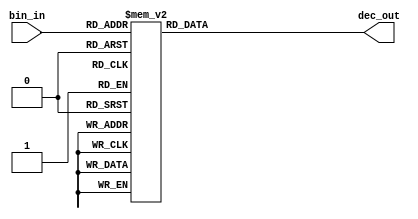
// bindec3.v
//
// Version:  1.22  May 3, 2020
// Copyright (C) 2020.  All rights reserved.
//
////////////////////////////////////////////////////////////////////////////////////////////////////////////////////////
//                                                                                                                    //
//                                                 SYMPL Open-Source                                                  //
//                          HedgeHog Fused Spiking Neural Network Emulator/Compute Engine                             //
//                                    Evaluation and Product Development License                                      //
//                                                                                                                    //
//                                                                                                                    //
// Open-source means:  this source code and this instruction set ("this IP") may be freely downloaded, copied,        //
// modified, distributed and used in accordance with the terms and conditons of the licenses provided herein.         //
//                                                                                                                    //
// Provided that you comply with all the terms and conditions set forth herein, Jerry D. Harthcock ("licensor"),      //
// the original author and exclusive copyright owner of this HedgeHog Fused Spiking Neural Network Emulator/Compute   //
// Engine, including related development software ("this IP"), hereby grants recipient of this IP ("licensee"),       //
// a world-wide, paid-up, non-exclusive license to implement this IP within the programmable fabric of Xilinx Kintex  //
// Ultra Plus brand FPGAs--only--and used only for the purposes of evaluation, education, and development of end      //
// products and related development tools.                                                                            //
//                                                                                                                    //
// Furthermore, limited to the purposes of prototyping, evaluation, characterization and testing of implementations   //
// in a hard, custom or semi-custom ASIC, any university or institution of higher education may have their            //
// implementation of this IP produced for said limited purposes at any foundary of their choosing provided that such  //
// prototypes do not ever wind up in commercial circulation, with this license extending to such foundary and is in   //
// connection with said academic pursuit under the supervision of said university or institution of higher education. //
//                                                                                                                    //
// Any copying, distribution, customization, modification, or derivative work of this IP must include an exact copy   //
// of this license and original copyright notice at the very top of each source file and any derived netlist, and,    //
// in the case of binaries, a printed copy of this license and/or a text format copy in a separate file distributed   //
// with said netlists or binary files having the file name, "LICENSE.txt".  You, the licensee, also agree not to      //
// remove any copyright notices from any source file covered or distributed under this Evaluation and Product         //
// Development License.                                                                                               //
//                                                                                                                    //
// LICENSOR DOES NOT WARRANT OR GUARANTEE THAT YOUR USE OF THIS IP WILL NOT INFRINGE THE RIGHTS OF OTHERS OR          //
// THAT IT IS SUITABLE OR FIT FOR ANY PURPOSE AND THAT YOU, THE LICENSEE, AGREE TO HOLD LICENSOR HARMLESS FROM        //
// ANY CLAIM BROUGHT BY YOU OR ANY THIRD PARTY FOR YOUR SUCH USE.                                                     //
//                                                                                                                    //
// Licensor reserves all his rights, including, but in no way limited to, the right to change or modify the terms     //
// and conditions of this Evaluation and Product Development License anytime without notice of any kind to anyone.    //
// By using this IP for any purpose, licensee agrees to all the terms and conditions set forth in this Evaluation     //
// and Product Development License.                                                                                   //
//                                                                                                                    //
// This Evaluation and Product Development License does not include the right to sell products that incorporate       //
// this IP or any IP derived from this IP. If you would like to obtain such a license, please contact Licensor.       //
//                                                                                                                    //
// Licensor can be contacted at:  SYMPL.gpu@gmail.com or Jerry.Harthcock@gmail.com                                    //
//                                                                                                                    //
////////////////////////////////////////////////////////////////////////////////////////////////////////////////////////


`timescale 1ns/100ps

module bindec3(
    bin_in,
    dec_out
    );
input [3:0] bin_in;
output [3:0] dec_out;

reg [3:0] dec_out;

always @ (bin_in)
   case (bin_in)
     4'h0: dec_out = 4'h0;
     4'h1: dec_out = 4'h1;
     4'h2: dec_out = 4'h2;
     4'h3: dec_out = 4'h3;
     4'h4: dec_out = 4'h4;
     4'h5: dec_out = 4'h8;
     4'h6: dec_out = 4'h9;
     4'h7: dec_out = 4'hA;
     4'h8: dec_out = 4'hB;
     4'h9: dec_out = 4'hC;
  default: dec_out = 4'b0;
endcase

endmodule